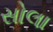
સોલા